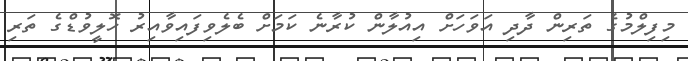
މިފިލްމުގެ ތަރިން ދާދި އަވަހަށް އިއުލާން ކުރާނެ ކަމަށް ބެލެވިފައިވާއިރު ހޮލީވުޑްގެ ތަރި